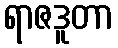
ရာဇဒူတာ